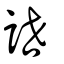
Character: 詍